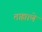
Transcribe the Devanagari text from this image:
ताह्माणे